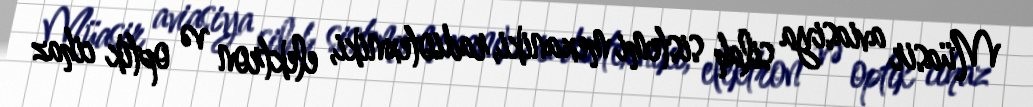
Müasir aviasiya silah sistemi mexaniki, radiotexniki, elektron və optik cihaz